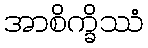
အာစိက္ခိဿံ